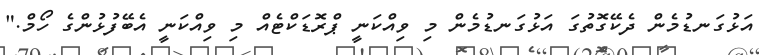
އަޅުގަނޑުމެން ދެކޭގޮތުގަ އަޅުގަނޑުމެން މި ވިއްކަނީ ޕްރޮޑަކްޓެއް މި ވިއްކަނީ އެބޭފުޅުންގެ ހޯމް."